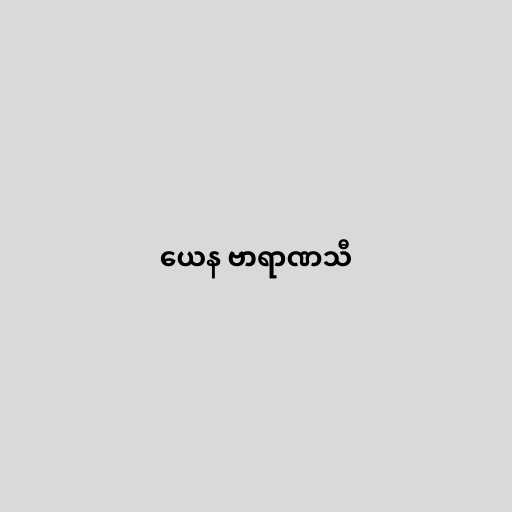
ယေန ဗာရာဏသီ